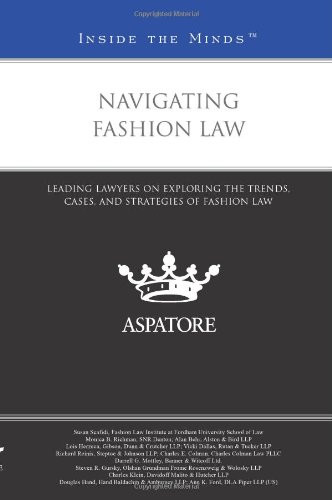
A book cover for Navigating Fashion Law: Leading Lawyers on Exploring the Trends, Cases, and Strategies of Fashion Law (Inside the Minds); Multiple Authors; Law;